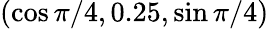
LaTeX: (\cos\pi/4,0.25,\sin\pi/4)